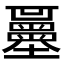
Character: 𡔌